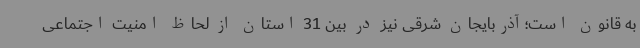
به قانون است؛آذربایجان شرقی نیز در بین 31 استان از لحاظ امنیت اجتماعی